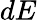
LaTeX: dE